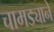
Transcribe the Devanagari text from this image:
चामड्याने